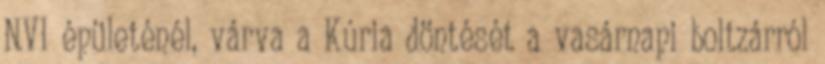
NVI épületénél, várva a Kúria döntését a vasárnapi boltzárról